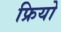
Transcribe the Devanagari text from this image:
फ्रियो